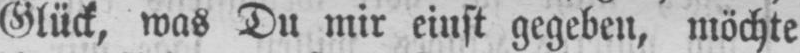
Glück, was Du mir einst gegeben, möchte